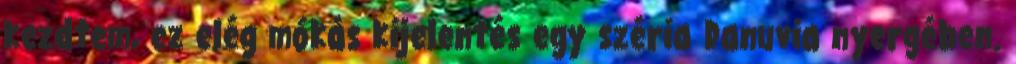
kezdtem, ez elég mókás kijelentés egy széria Danuvia nyergében.